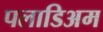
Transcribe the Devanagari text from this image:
पलाडिअम